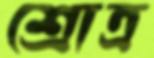
শ্রোত্র